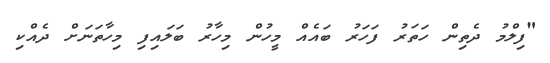
"ފިލްމު ދެތިން ހަތަރު ފަހަރު ބައެއް މީހުން މިހާރު ބަލައިފި މިހާތަނަށް ދެއްކި